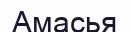
Амасья